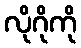
လိုဂိုကို